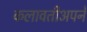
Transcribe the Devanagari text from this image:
कलावतीअपने